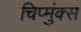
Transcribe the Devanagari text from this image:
चिप्मुंक्स